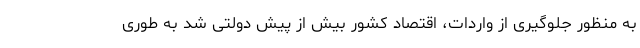
به منظور جلوگیری از واردات، اقتصاد کشور بیش از پیش دولتی شد به طوری